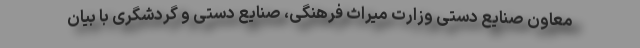
معاون صنایع دستی وزارت میراث فرهنگی، صنایع دستی و گردشگری با بیان